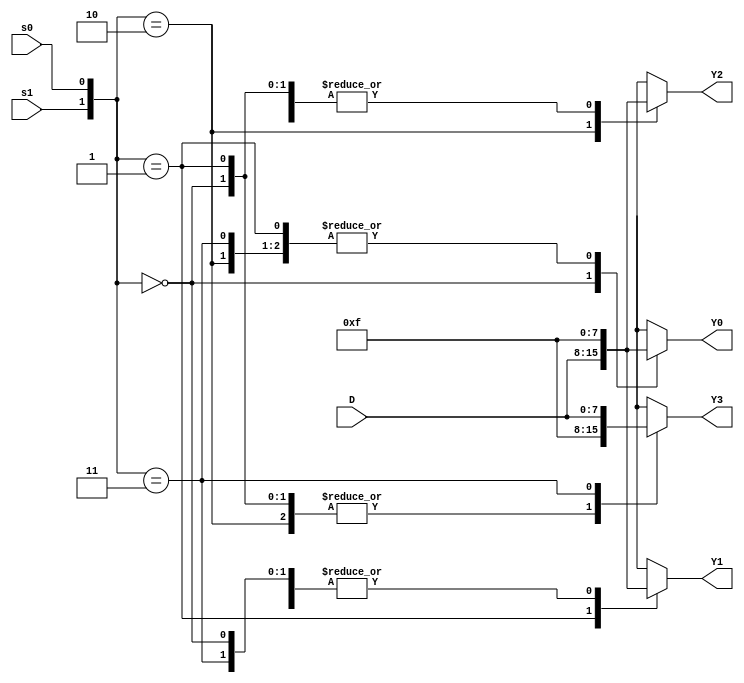
module demux1_4 ( D, Y0, Y1, Y2, Y3, s0, s1);

parameter width = 8;

input [width-1:0] D;
input s1, s0;
output reg [width-1:0] Y0, Y1, Y2, Y3;


always @( D or s0 or s1)
begin
	case ({s1, s0})
		2'b00 : begin Y0 <= D; Y1 <= 4'b1111; Y2 <= 4'b1111; Y3 <= 4'b1111; end
		2'b01 : begin Y0 <= 4'b1111; Y1 <= D; Y2 <= 4'b1111; Y3 <= 4'b1111; end
		2'b10 : begin Y0 <= 4'b1111; Y1 <= 4'b1111; Y2 <= D; Y3 <= 4'b1111; end
		2'b11 : begin Y0 <= 4'b1111; Y1 <= 4'b1111; Y2 <= 4'b1111; Y3 <= D; end
	endcase
end

endmodule